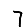
Digit: 7